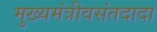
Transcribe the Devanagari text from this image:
मुख्यमंत्रीवसंतदादा